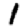
Digit: 1